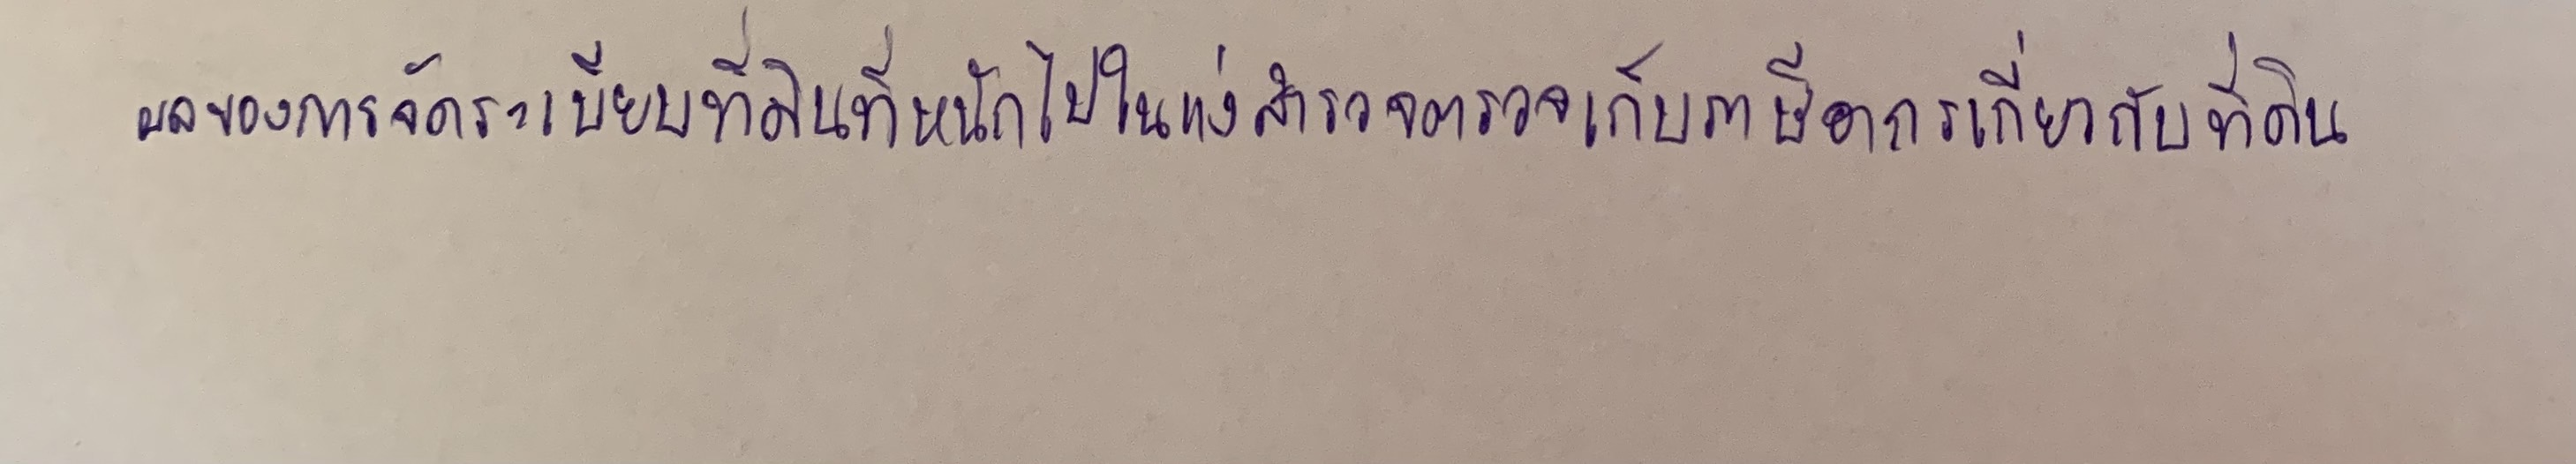
ผลของการจัดระเบียบที่ดินที่หนักไปในแง่สำรวจตรวจเก็บภาษีอากรเกี่ยวกับที่ดิน